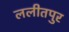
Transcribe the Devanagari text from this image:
ललीतपुर